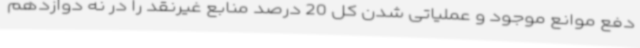
دفع موانع موجود و عملیاتی شدن کل 20 درصد منابع غیرنقد را در نه دوازدهم